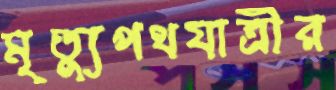
মৃত্যুপথযাত্রীর